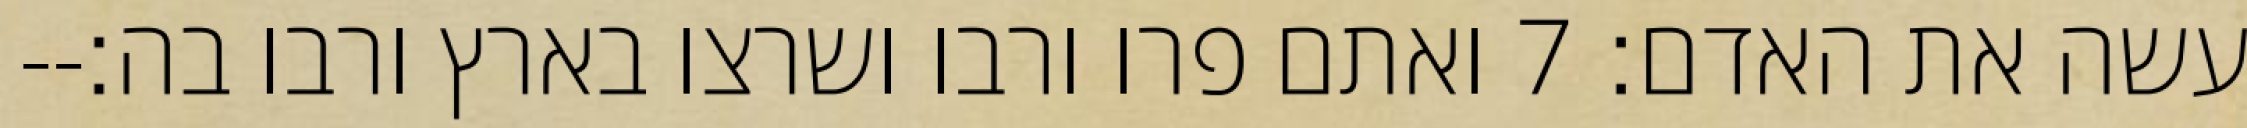
עשה את האדם׃ ‎7‏ ואתם פרו ורבו ושרצו בארץ ורבו בה׃--